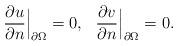
LaTeX: \begin{align*}\frac{\partial u}{\partial n}\Big|_{\partial\Omega}=0,~~ \frac{\partial v}{\partial n}\Big|_{\partial\Omega}=0.\end{align*}